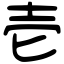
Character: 壱